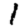
Digit: 1